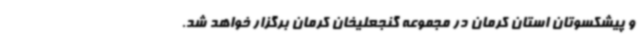
و پیشکسوتان استان کرمان در مجموعه گنجعلیخان کرمان برگزار خواهد شد.